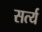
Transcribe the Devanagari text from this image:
सर्त्य